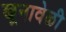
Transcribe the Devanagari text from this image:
खूनावेळी